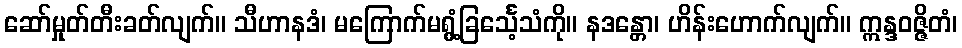
ဆော်မှုတ်တီးခတ်လျက်။ သီဟာနဒံ၊ မကြောက်မရွံ့ခြင်္သေ့သံကို။ နဒန္တော၊ ဟိန်းဟောက်လျက်။ ဣန္ဒဝဇ္ဇိတံ၊